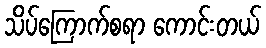
သိပ်ကြောက်စရာ ကောင်းတယ်